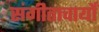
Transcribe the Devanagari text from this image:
संगीताचार्यों